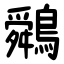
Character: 䴄